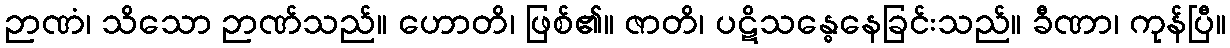
ဉာဏံ၊ သိသော ဉာဏ်သည်။ ဟောတိ၊ ဖြစ်၏။ ဇာတိ၊ ပဋိသန္ဓေနေခြင်းသည်။ ခီဏာ၊ ကုန်ပြီ။